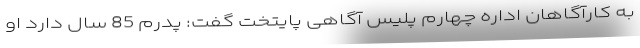
به کارآگاهان اداره چهارم پلیس آگاهی پایتخت گفت: پدرم 85 سال دارد او